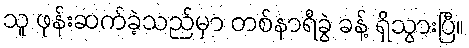
သူ ဖုန်းဆက်ခဲ့သည်မှာ တစ်နာရီခွဲ ခန့် ရှိသွားပြီ။